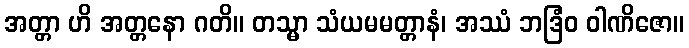
အတ္တာ ဟိ အတ္တနော ဂတိ။ တသ္မာ သံယမမတ္တာနံ၊ အဿံ ဘဒြံဝ ဝါဏိဇော။